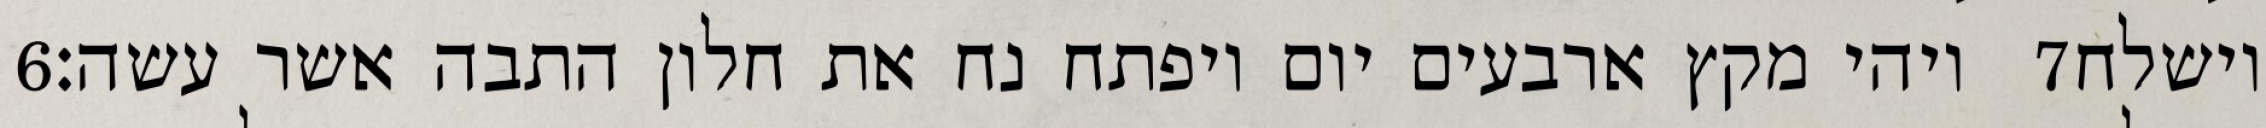
‎6‏ ויהי מקץ ארבעים יום ויפתח נח את חלון התבה אשר עשה׃ ‎7‏ וישלח